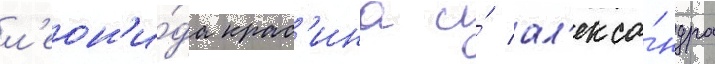
л'еон'и́да крас'ина и́ ал'екса́ндра